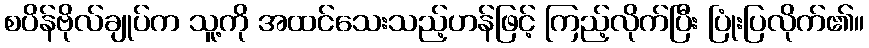
စပိန်ဗိုလ်ချုပ်က သူ့ကို အထင်သေးသည့်ဟန်ဖြင့် ကြည့်လိုက်ပြီး ပြုံးပြလိုက်၏။